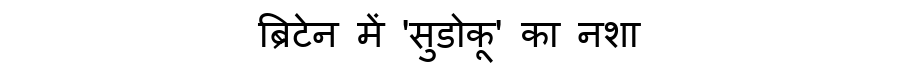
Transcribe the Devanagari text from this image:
ब्रिटेन में 'सुडोकू' का नशा